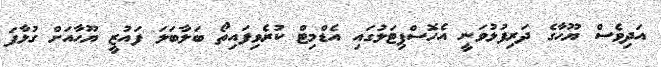
އަދިވެސް ޔޫހާގެ ދަރިފުޅުވަނީ އެހޮސްޕިޓަލުގައި އެޑްމިޓް ކުރެވިފައިތޯ ބަލާބަލަ ފައުޒީ ޔޫހާއަށް ގުޅާފަ